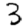
Digit: 3